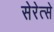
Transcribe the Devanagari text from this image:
सेरेत्से